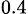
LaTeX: _{0.4}